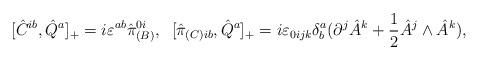
LaTeX: \begin{align*}[\hat {C}^{ib},\hat{Q}^a]_{+}=i\varepsilon^{ab}\hat{\pi}_{(B)}^{0i},\;\; [\hat{\pi}_{(C)ib},\hat{Q}^a]_{+}=i\varepsilon_{0ijk}\delta_b^a (\partial^j\hat{A}^{k}+\frac{1}{2}\hat{A}^j\wedge\hat{A}^k),\end{align*}